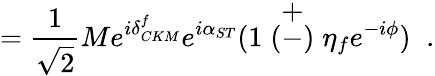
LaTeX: =\frac{1}{\sqrt{2}}Me^{i\delta_{CKM}^{f}}e^{i\alpha_{ST}}(1\stackrel{\textstyle+}{(-)}\eta_{f}e^{-i\phi})\; \; .